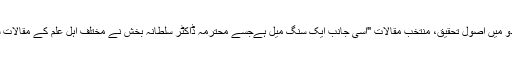
زیر تبصرہ کتاب " اردو میں اصول تحقیق، منتخب مقالات "اسی جانب ایک سنگ میل ہےجسے محترمہ ڈاکٹر سلطانہ بخش نے مختلف اہل علم کے مقالات سے مرتب فرمایا ہے۔